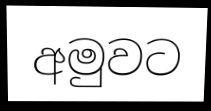
අමුවට